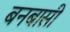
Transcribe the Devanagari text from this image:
बनबासी